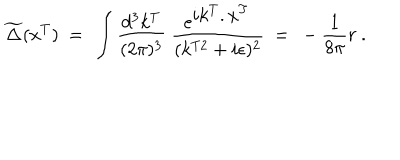
\widetilde \Delta ( x ^ { T } ) \ = \ \int \frac { d ^ { 3 } k ^ { T } } { ( 2 \pi ) ^ { 3 } } \ \frac { e ^ { { \displaystyle i k ^ { T } . x ^ { T } } } } { ( k ^ { T 2 } + i \epsilon ) ^ { 2 } } \ = \ - \frac { 1 } { 8 \pi } r \ .